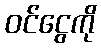
ဝင်ငွေကို